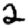
Digit: 2